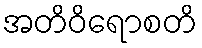
အတိဝိရောစတိ